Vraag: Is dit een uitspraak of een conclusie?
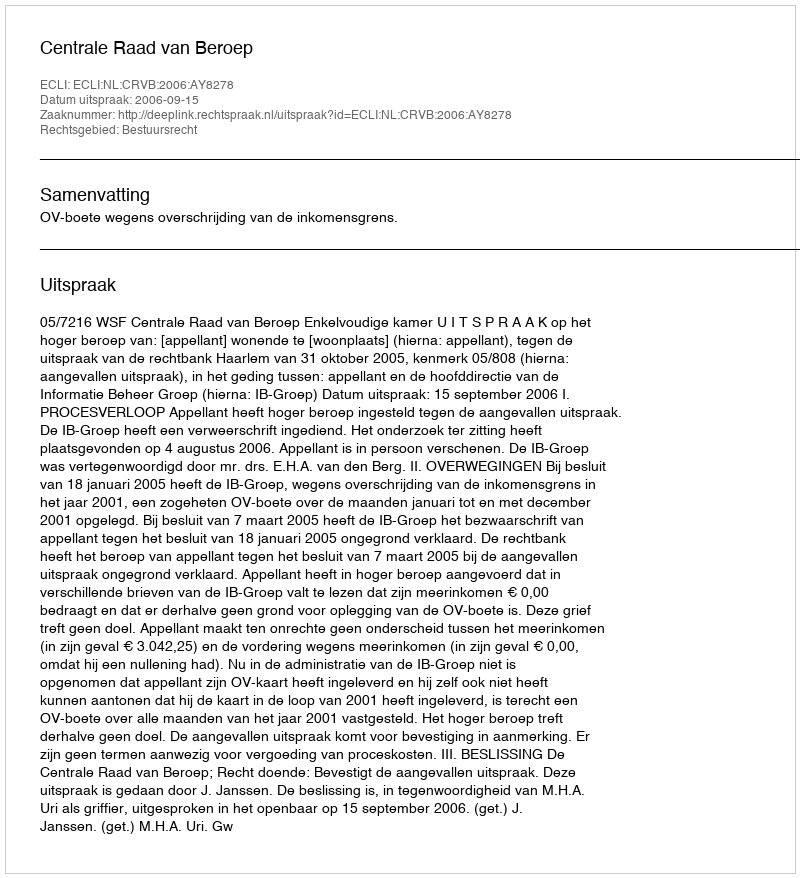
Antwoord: Uitspraak